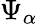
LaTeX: \Psi_{\alpha}